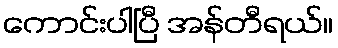
ကောင်းပါပြီ အန်တီရယ်။